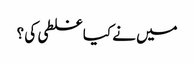
میں نے کیا غلطی کی ؟